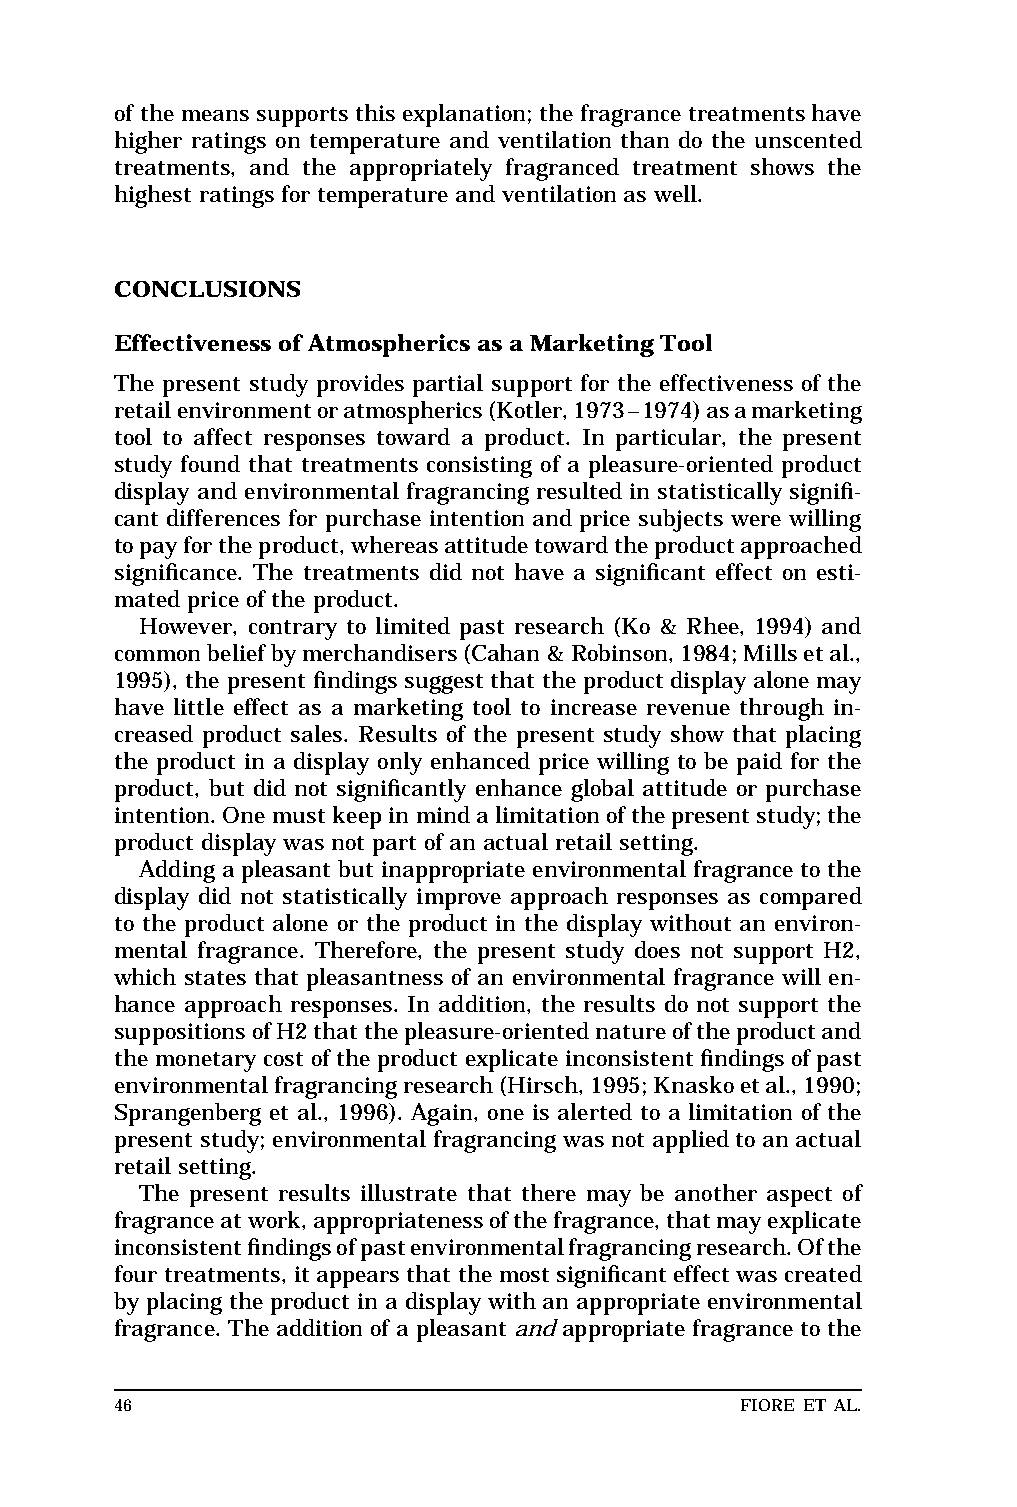
MAR  WILEJ                       LEFT       BATCH
 Top of text
 of the means supports this explanation; the fragrance treatmentshave Base of text
 higher ratings on temperature and ventilation than do the unscented
 treatments, and the appropriately fragranced treatment shows the
 highest ratings for temperature and ventilation as well.
 CONCLUSIONS
 Effectiveness of Atmosphericsas a Marketing Tool
 The present study provides partial support for the effectiveness of the
 retailenvironmentoratmospherics(Kotler,1973–1974)asamarketing
 tool to affect responses toward a product. In particular, the present
 study found that treatments consisting of a pleasure-oriented product
 display and environmental fragrancing resulted in statistically signifi-
 cant differences for purchase intention and price subjects were willing
 topayfortheproduct,whereasattitudetowardtheproductapproached
 significance. The treatments did not have a significant effect on esti-
 mated price of the product.
 However, contrary to limited past research (Ko & Rhee, 1994) and
 commonbeliefbymerchandisers(Cahan&Robinson,1984;Millsetal.,
 1995), the present findings suggest that the product display alone may
 have little effect as a marketing tool to increase revenue through in-
 creased product sales. Results of the present study show that placing
 the product in a display only enhanced price willing to be paid for the
 product, but did not significantly enhance global attitude or purchase
 intention.Onemustkeepinmindalimitationofthepresentstudy;the
 product display was not part of an actual retail setting.
 Adding a pleasant but inappropriate environmental fragrancetothe
 display did not statistically improve approach responses as compared
 to the product alone or the product in the display without an environ-
 mental fragrance. Therefore, the present study does not support H2,
 which states that pleasantness of an environmental fragrance will en-
 hance approach responses. In addition, the results do not support the
 suppositionsofH2thatthepleasure-orientednatureoftheproductand
 the monetary cost of the product explicate inconsistent findingsofpast
 environmentalfragrancingresearch(Hirsch,1995;Knaskoetal.,1990;
 Sprangenberg et al., 1996). Again, one is alerted to a limitation of the
 present study; environmental fragrancing was not applied to an actual
 retail setting.
 The present results illustrate that there may be another aspect of
 fragranceatwork,appropriatenessofthefragrance,thatmayexplicate
 inconsistentfindingsofpastenvironmentalfragrancingresearch.Ofthe
 four treatments, it appears that the most significanteffect wascreated
 by placing the product in a display with an appropriate environmental short
 fragrance. The addition of a pleasant and appropriate fragrance to the standard
 46                                        FIORE ET AL.          Base of RF